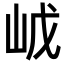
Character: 𡶙